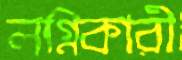
লগ্নিকারী